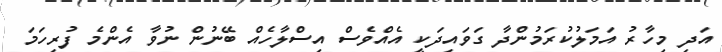
އަދި މިހާރު އަމަލުކުރަމުންދާ ގަވައިދަކީ އެއްވެސް އިސްލާހެއް ބޭނުން ނުވާ އެންމެ ފުރިހަމަ